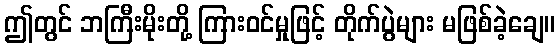
ဤတွင် ဘကြီးမိုးတို့ ကြားဝင်မှုဖြင့် တိုက်ပွဲများ မဖြစ်ခဲ့ချေ။